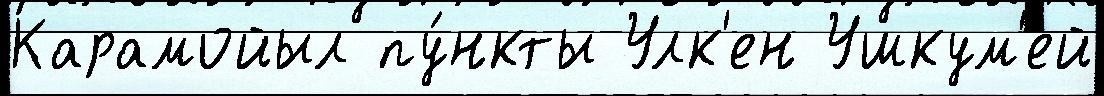
Карамойыл пу́нкты Улк'ен Ушкум'ей